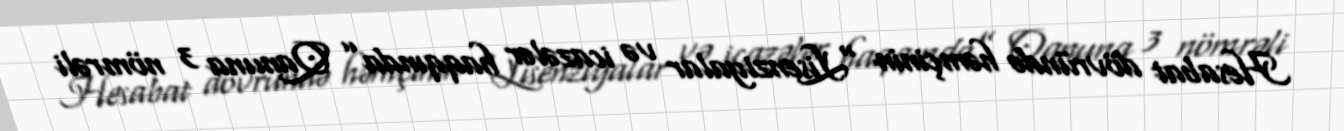
Hesabat dövründə həmçinin “Lisenziyalar və icazələr haqqında” Qanuna 3 nömrəli